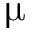
\upmu